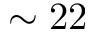
\sim 2 2